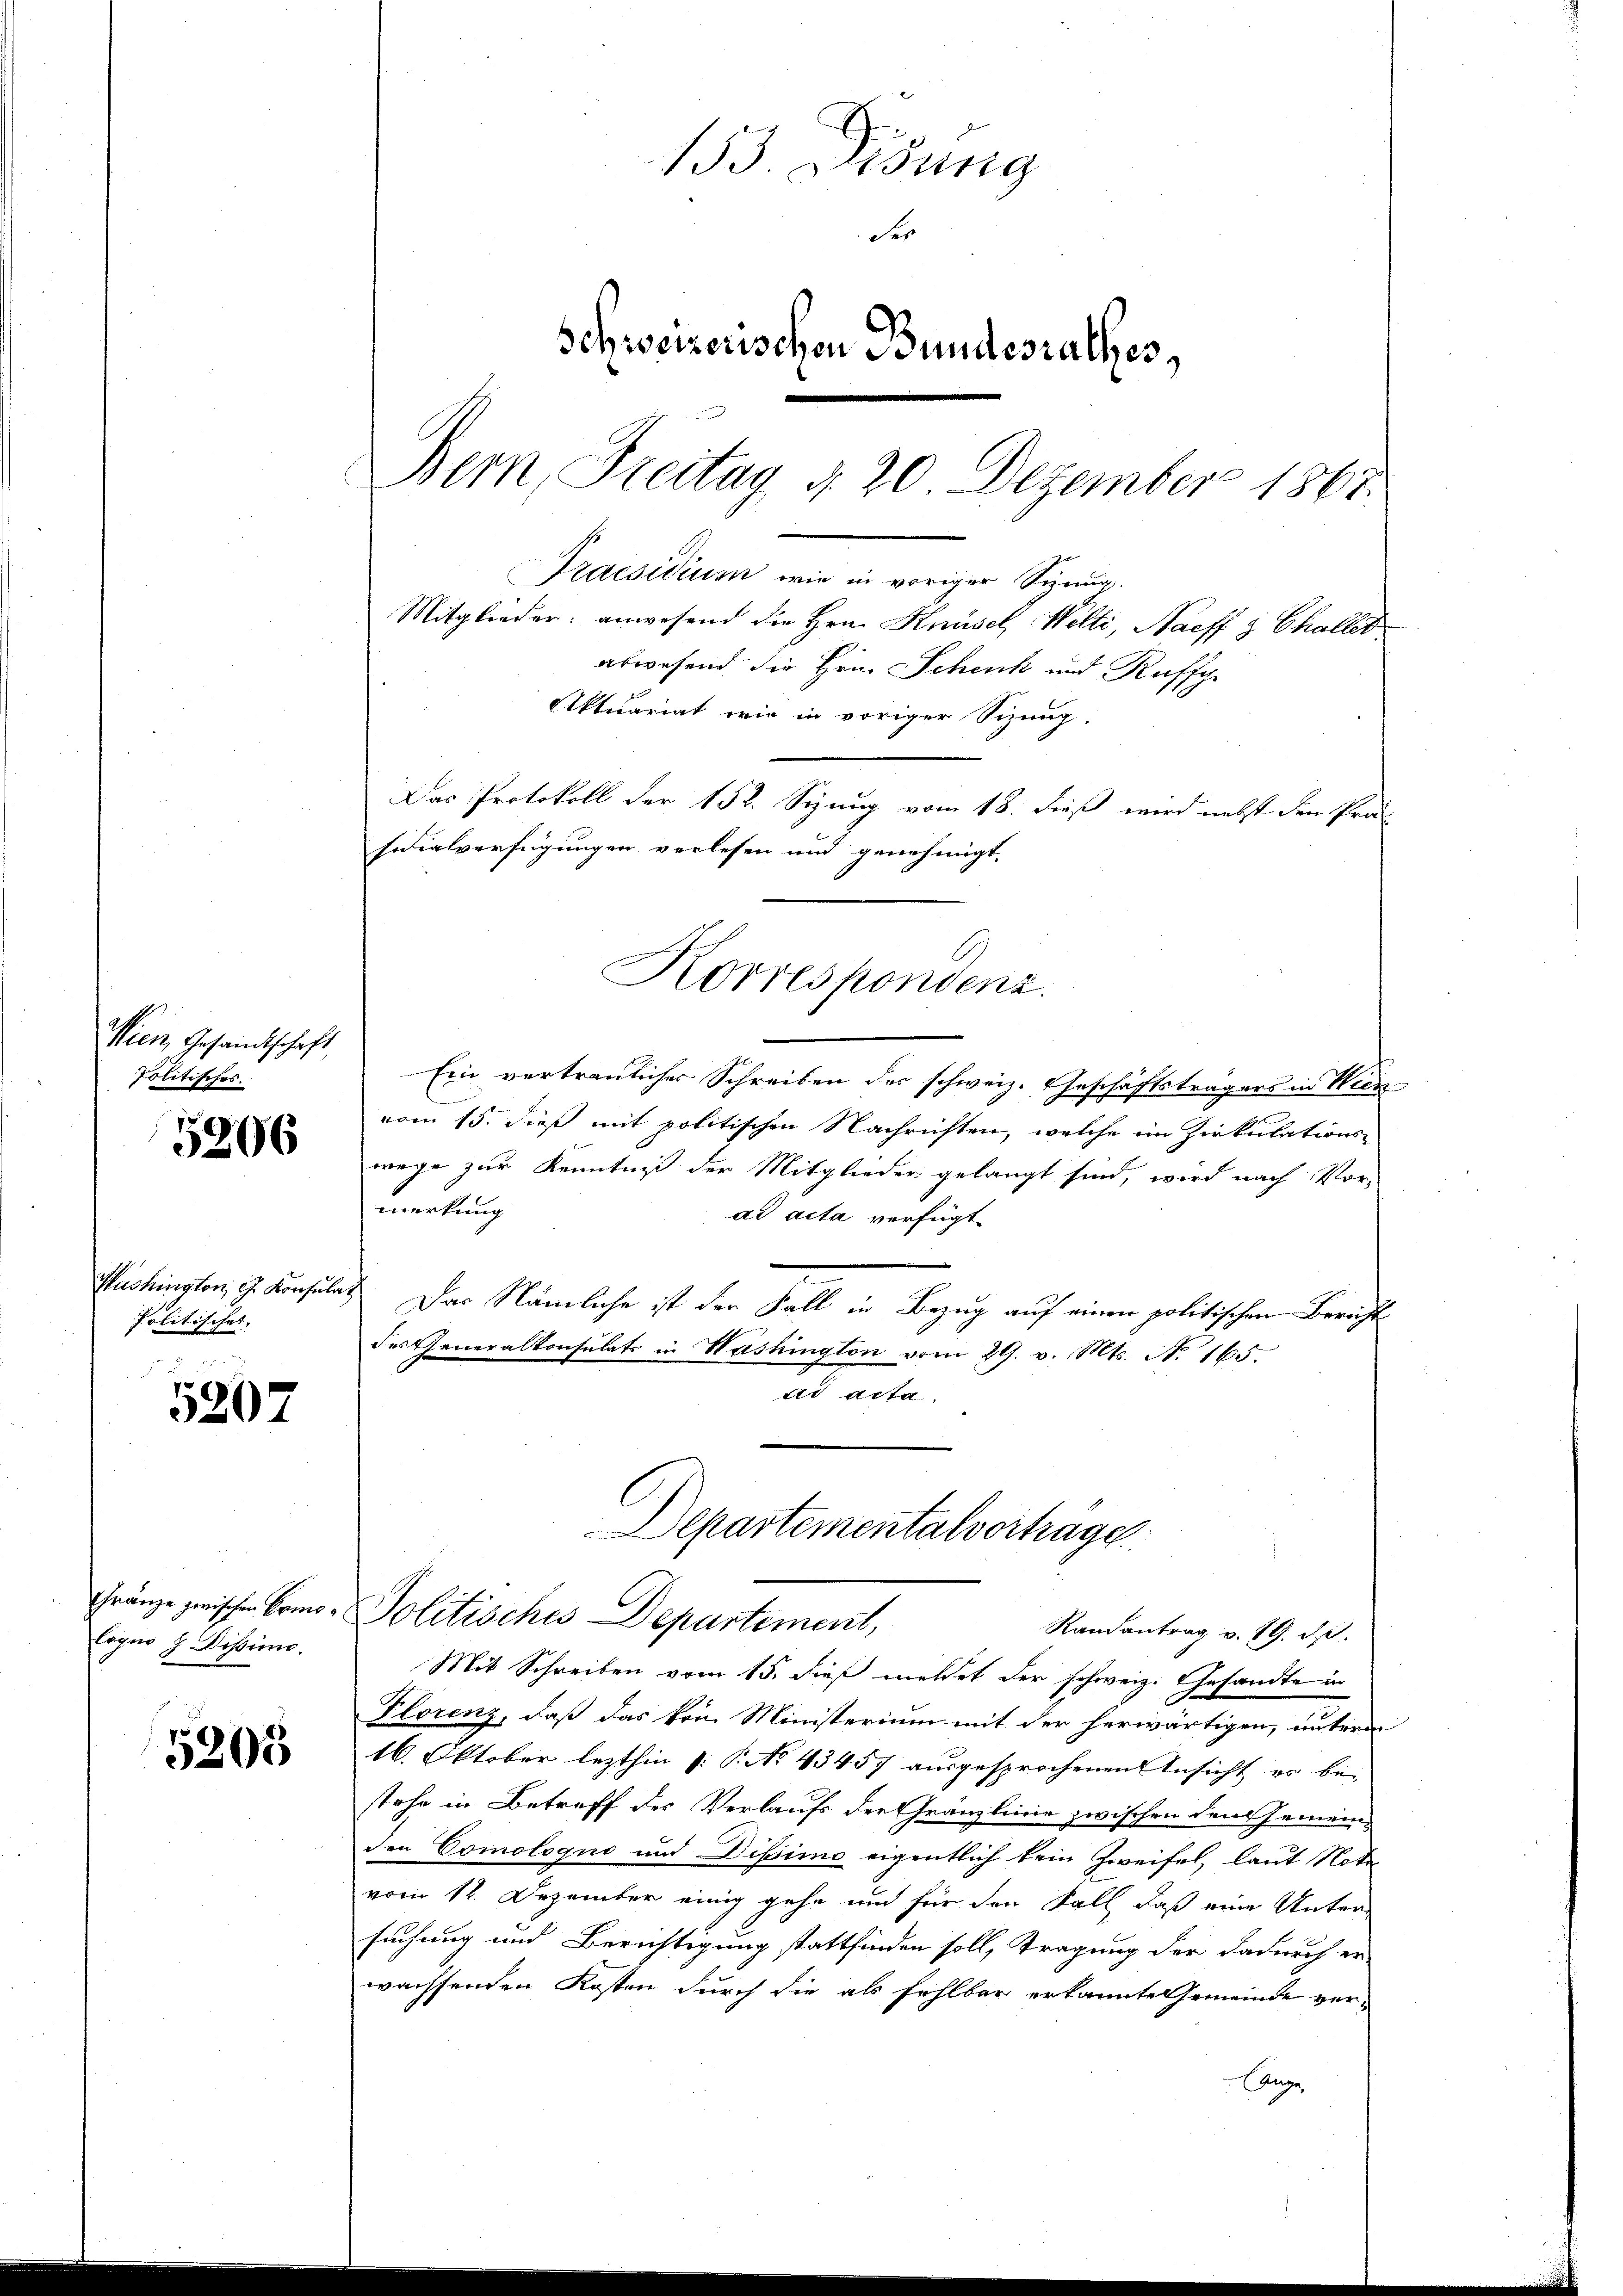
A
Nien Gesandtschaft,
Politisches.

5206

Politisches |

5207

logen J. Dissen.

5205

153. Lesung
der
Schweizerischen Bundesrathes,
Bern, Freitag d. 20. Dezember 1867.
Praesidium wie in voriger Sizung.
Mitglieder: anwesend die Hrn. Knüsel Willi, Naeff 3 Challes
abwesend die Hein Schenk und Kuffche
Aktuariat wie in voriger Sizung.
Das Protokoll der 152. Senug vom 18. dieß wird nebst den Pro¬

Ein vertraulicher Schreiben des schweiz. Geschäftsträgers in Wien
vom 15. dieß mit politischen Nachrichten, welche im Zirkulations-
wege zur Kenntniß der Mitglieder gelangt sind, wird nach Vormerkung
ad acta verfügt
Plustrington, d. Konsulat. Das Nämliche ist der Fall in Bezug auf einen politischen Bericht
des Generalkonsulats in Washington vom 29. v. Mts. No. 165.
ad acta
Departementalvertrage

sidialverfügungen verlesen und genehmigt,
Korrespondenz.

Mit Schreiben vom 15. dieß meldet der schweiz. Gesandte in
Plorenz, daß das kein Ministerium mit der herwärtigen, unterm
16. Oktober lezthin [: P. No 43457 ausgesprochenen Ansicht er be-
stehe in Betreff des Verlaufs der Gränzlinie zwischen den Gemeinden Comologuo und Dissimo eigentlich kein Zweifel, laut Note
vom 12. Dezember einig gehe und für den Fall, daß eine Untersuchung und Berichtigung stattfinden soll, Tragung der dadurch er
wachsenden Kosten durch die als fehlbar erkannte Gemeinde ver-
Ange

Gränze zwischen Como - Politisches Departement,
Randantrag v. 19. ds.